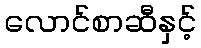
လောင်စာဆီနှင့်